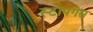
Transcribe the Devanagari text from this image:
स्टोपगेस